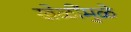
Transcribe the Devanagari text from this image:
खेळींमुळे